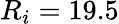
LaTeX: R_{i}=19.5